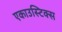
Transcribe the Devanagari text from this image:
एकाउस्टिक्स